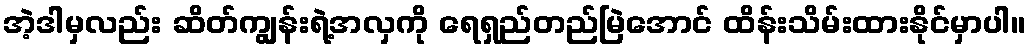
အဲ့ဒါမှလည်း ဆိတ်ကျွန်းရဲ့အလှကို ရေရှည်တည်မြဲအောင် ထိန်းသိမ်းထားနိုင်မှာပါ။